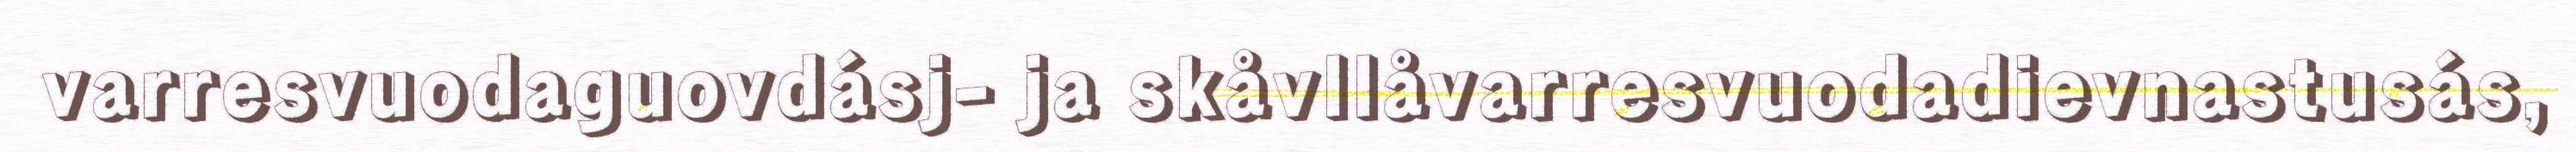
varresvuodaguovdásj- ja skåvllåvarresvuodadievnastusás,